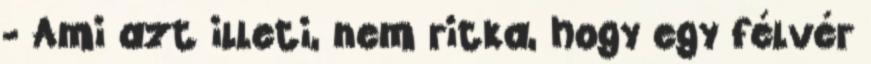
- Ami azt illeti, nem ritka, hogy egy félvér